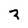
Character: z